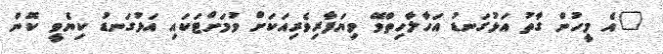
"އެ މީހުން ގާތު އަޅުގަނޑު އަހާލާހިތްވޭ ވިޔަފާރިވެރިއަކަށް ވުމަށްޓަކައި އަޅުގަނޑު ކިޔެވީ ކޮން